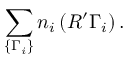
\sum _ { \{ \Gamma _ { i } \} } n _ { i } \left( { \cal R ^ { \prime } } \Gamma _ { i } \right) .